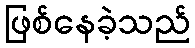
ဖြစ်နေခဲ့သည်